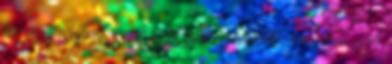
bármi pozitívat írunk egy ilyen szemétről, mert nem egy